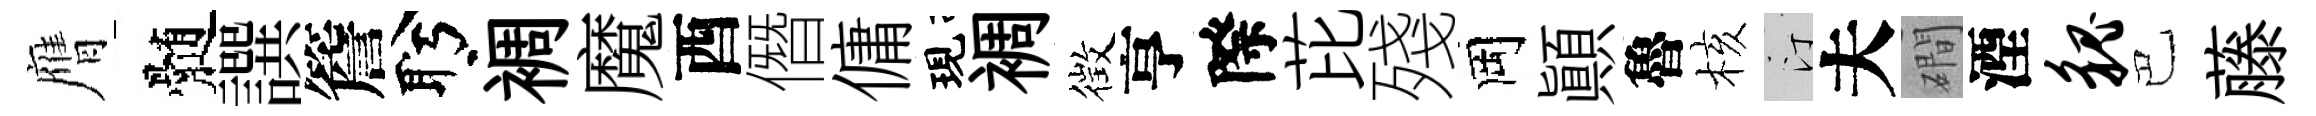
膺髄譔簷盻裯魔酉僭傭現裯徴亨際芘殘岡顚魯核汀夫磵湮貌巴藤